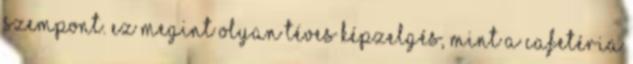
szempont. Ez megint olyan téves képzelgés, mint a cafetéria